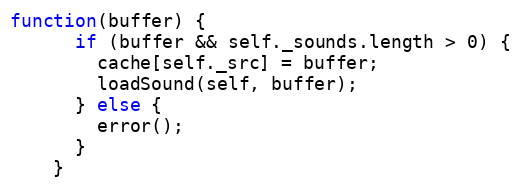
Language: JavaScript
function(buffer) {
      if (buffer && self._sounds.length > 0) {
        cache[self._src] = buffer;
        loadSound(self, buffer);
      } else {
        error();
      }
    }